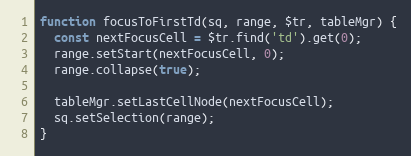
Language: JavaScript
function focusToFirstTd(sq, range, $tr, tableMgr) {
  const nextFocusCell = $tr.find('td').get(0);
  range.setStart(nextFocusCell, 0);
  range.collapse(true);

  tableMgr.setLastCellNode(nextFocusCell);
  sq.setSelection(range);
}